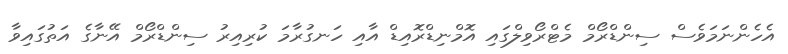
އެހެންނަމަވެސް ސިންޑްރޯމް މެޓްރޯވިލްގައި އޮމްނިޑްރޮއިޑް އާއި ހަނގުރާމަ ކުރިއިރު ސިންޑްރޯމް އޭނާގެ އަތުގައިވާ